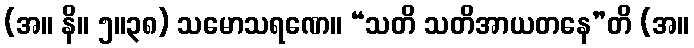
(အ။ နိ။ ၅။၃၈) သမောသရဏေ။ “သတိ သတိအာယတနေ”တိ (အ။